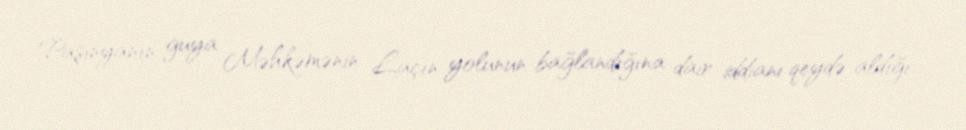
Paşinyanın guya Məhkəmənin Laçın yolunun bağlandığına dair iddianı qeydə aldığı